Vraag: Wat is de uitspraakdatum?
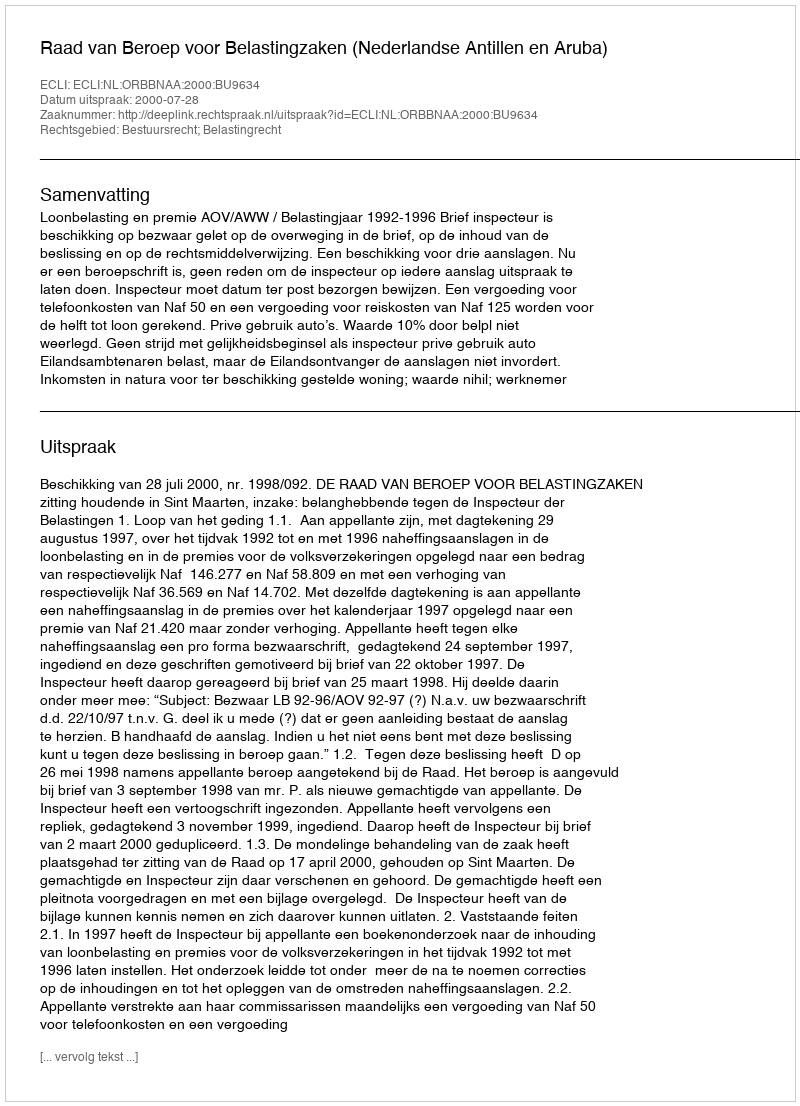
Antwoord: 2000-07-28